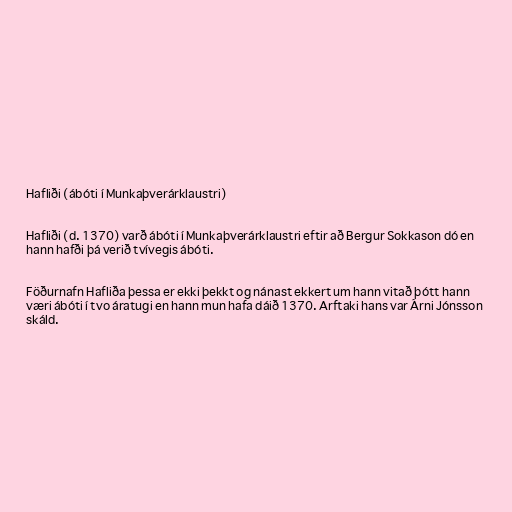
Hafliði (ábóti í Munkaþverárklaustri)

Hafliði (d. 1370) varð ábóti í Munkaþverárklaustri eftir að Bergur Sokkason dó en
hann hafði þá verið tvívegis ábóti.

Föðurnafn Hafliða þessa er ekki þekkt og nánast ekkert um hann vitað þótt hann
væri ábóti í tvo áratugi en hann mun hafa dáið 1370. Arftaki hans var Árni Jónsson
skáld.